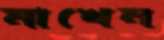
মাখেন